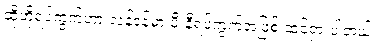
ဆိုဟိုရပ်ကွက်ဟာ လန်ဒန်မှာ မီးနီရပ်ကွက်အဖြစ် ထင်ရှားပါတယ်။